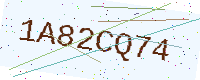
Text: 1A82CQ74